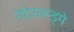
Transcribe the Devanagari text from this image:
नेदेरलन्ड्मे